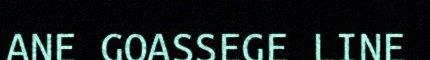
ANE GOASSEGE LINE